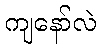
ကျနော်လဲ